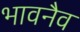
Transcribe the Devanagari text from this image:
भावनैव